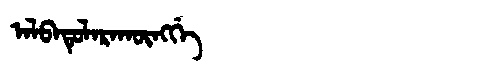
Manchu: ᠠᠯᠪᠠᡨᡠᠯᠠᡵᠠᡴᡡᠩᡤᡝ
Romanization: ALBATULARAKŪNGGE